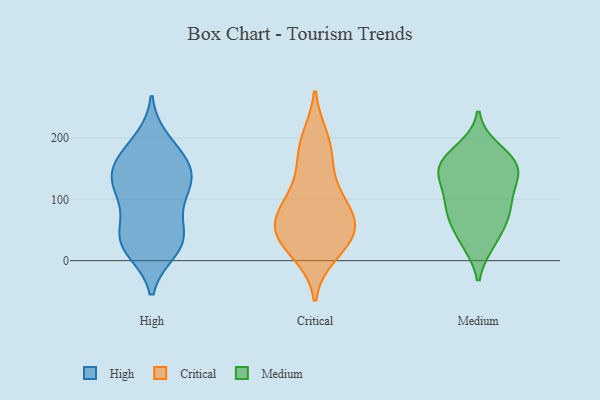
{"axis": {"x": "Headcount", "y": "Value"}, "legend": ["Critical", "High", "Medium"], "data": [{"x": "", "y": 163, "type": "High"}, {"x": "", "y": 51, "type": "High"}, {"x": "", "y": 32, "type": "High"}, {"x": "", "y": 195, "type": "High"}, {"x": "", "y": 18, "type": "High"}, {"x": "", "y": 130, "type": "High"}, {"x": "", "y": 50, "type": "High"}, {"x": "", "y": 23, "type": "High"}, {"x": "", "y": 110, "type": "High"}, {"x": "", "y": 116, "type": "High"}, {"x": "", "y": 149, "type": "High"}, {"x": "", "y": 98, "type": "High"}, {"x": "", "y": 150, "type": "High"}, {"x": "", "y": 180, "type": "High"}, {"x": "", "y": 138, "type": "High"}, {"x": "", "y": 29, "type": "High"}, {"x": "", "y": 13, "type": "Critical"}, {"x": "", "y": 101, "type": "Critical"}, {"x": "", "y": 151, "type": "Critical"}, {"x": "", "y": 49, "type": "Critical"}, {"x": "", "y": 198, "type": "Critical"}, {"x": "", "y": 185, "type": "Critical"}, {"x": "", "y": 77, "type": "Critical"}, {"x": "", "y": 100, "type": "Critical"}, {"x": "", "y": 28, "type": "Critical"}, {"x": "", "y": 40, "type": "Critical"}, {"x": "", "y": 54, "type": "Critical"}, {"x": "", "y": 60, "type": "Critical"}, {"x": "", "y": 30, "type": "Medium"}, {"x": "", "y": 161, "type": "Medium"}, {"x": "", "y": 32, "type": "Medium"}, {"x": "", "y": 91, "type": "Medium"}, {"x": "", "y": 68, "type": "Medium"}, {"x": "", "y": 154, "type": "Medium"}, {"x": "", "y": 137, "type": "Medium"}, {"x": "", "y": 77, "type": "Medium"}, {"x": "", "y": 112, "type": "Medium"}, {"x": "", "y": 166, "type": "Medium"}, {"x": "", "y": 148, "type": "Medium"}, {"x": "", "y": 80, "type": "Medium"}, {"x": "", "y": 181, "type": "Medium"}, {"x": "", "y": 135, "type": "Medium"}]}